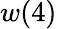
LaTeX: w(4)